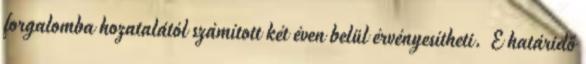
forgalomba hozatalától számított két éven belül érvényesítheti. E határidő